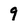
Character: 9